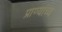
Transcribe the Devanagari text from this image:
प्राण्यांच्य